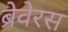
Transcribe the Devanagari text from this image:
ब्रेवेरस